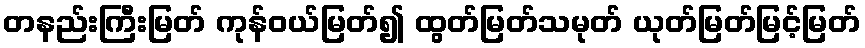
တနည်းကြီးမြတ် ကုန်ဝယ်မြတ်၍ ထွတ်မြတ်သမုတ် ယုတ်မြတ်မြင့်မြတ်